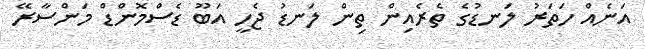
އަނެއް ހަތަރު ލަނޑުގެ ތެރެއިން ތިން ލަނޑު ޖެހީ އަބޫ ޑެސްމޮންޑް މަންސާރޭ